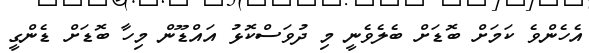
އެހެންވެ ކަމަށް ބޮޑަށް ބެލެވެނީ މި ދުވަސްކޮޅު އައްޑޫން މިހާ ބޮޑަށް ޑެންގީ